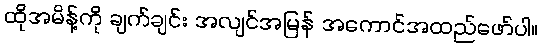
ထိုအမိန့်ကို ချက်ချင်း အလျင်အမြန် အကောင်အထည်ဖော်ပါ။